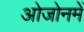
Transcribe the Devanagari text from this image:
ओजोनमें